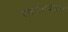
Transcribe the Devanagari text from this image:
सरकारवाड्यात